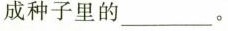
成种子里的___。